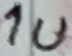
Text: 1u